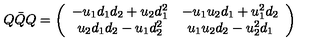
Q \bar { Q } Q = \left( \begin{array} { c c } { - u _ { 1 } d _ { 1 } d _ { 2 } + u _ { 2 } d _ { 1 } ^ { 2 } } & { - u _ { 1 } u _ { 2 } d _ { 1 } + u _ { 1 } ^ { 2 } d _ { 2 } } \\ { u _ { 2 } d _ { 1 } d _ { 2 } - u _ { 1 } d _ { 2 } ^ { 2 } } & { u _ { 1 } u _ { 2 } d _ { 2 } - u _ { 2 } ^ { 2 } d _ { 1 } } \\ \end{array} \right)